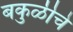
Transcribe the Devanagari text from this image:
बकुळीचे